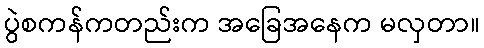
ပွဲစကန်ကတည်းက အခြေအနေက မလှတာ။